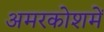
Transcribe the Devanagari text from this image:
अमरकोशमें